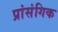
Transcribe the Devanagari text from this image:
प्रांसंगिक